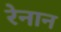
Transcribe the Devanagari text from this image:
रेनान